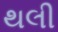
થલી